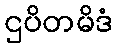
ဌပိတမိဒံ